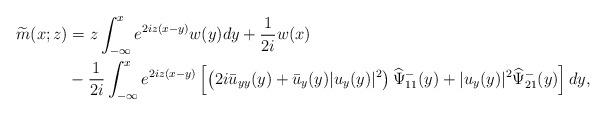
LaTeX: \begin{align*}\begin{aligned}\widetilde{m}(x;z)&=z\int_{-\infty}^{x} e^{2 iz(x-y)} w(y) d y+\frac{1}{2i} w(x) \\&-\frac{1}{2 i}\int_{-\infty}^xe^{2iz(x-y)}\left[\left(2i\bar{u}_{yy}(y)+\bar{u}_y(y)|u_y(y)|^{2}\right)\widehat{\Psi}^-_{11}(y)+|u_y(y)|^2 \widehat{\Psi}^-_{21}(y)\right] dy,\end{aligned}\end{align*}